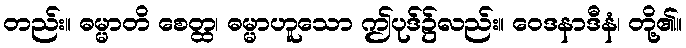
တည်း။ ဓမ္မာတိ စေတ္ထ၊ ဓမ္မာဟူသော ဤပုဒ်၌လည်း။ ဝေဒနာဒီနံ၊ တို့၏။